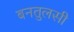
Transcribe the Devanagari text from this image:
बनतुलसी